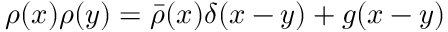
\rho ( x ) \rho ( y ) = { \bar { \rho } } ( x ) \delta ( x - y ) + g ( x - y )